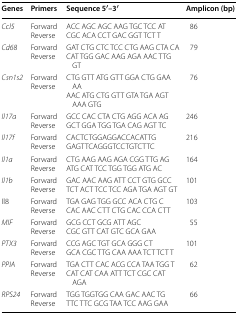
<table><thead><tr><td><b>Genes</b></td><td><b>Primers</b></td><td><b>Sequence 5′–3′</b></td><td><b>Amplicon (bp)</b></td></tr></thead><tbody><tr><td><i>Ccl5</i></td><td>ForwardReverse</td><td>ACC AGC AGC AAG TGC TCC ATCGC ACA CCT GAC GGT TCT T</td><td>86</td></tr><tr><td><i>Cd68</i></td><td>ForwardReverse</td><td>GAT CTG CTC TCC CTG AAG CTA CACAT TGG GAC AAG AGA AAC TTG GT</td><td>79</td></tr><tr><td><i>Csn1s2</i></td><td>ForwardReverse</td><td>CTG GTT ATG GTT GGA CTG GAA AAAAC ATG CTG GTT GTA TGA AGT AAA GTG</td><td>76</td></tr><tr><td><i>Il17a</i></td><td>ForwardReverse</td><td>GCC CAC CTA CTG AGG ACA AGGCT GGA TGG TGA CAG AGT TC</td><td>246</td></tr><tr><td><i>Il17f</i></td><td>ForwardReverse</td><td>CACTCTGGAGGACCACATTGGAGTTCAGGGTCCTGTCTTC</td><td>216</td></tr><tr><td><i>Il1a</i></td><td>ForwardReverse</td><td>CTG AAG AAG AGA CGG TTG AGATG CAT TCC TGG TGG ATG AC</td><td>164</td></tr><tr><td><i>Il1b</i></td><td>ForwardReverse</td><td>GAC AAC AAG ATT CCT GTG GCCTCT ACT TCC TCC AGA TGA AGT GT</td><td>101</td></tr><tr><td>Il8</td><td>ForwardReverse</td><td>TGA GAG TGG GCC ACA CTG CCAC AAC CTT CTG CAC CCA CTT</td><td>103</td></tr><tr><td><i>MIF</i></td><td>ForwardReverse</td><td>GCG CCT GCG ATT AGCCGC GTT CAT GTC GCA GAA</td><td>55</td></tr><tr><td><i>PTX3</i></td><td>ForwardReverse</td><td>CCG AGC TGT GCA GGG CTGCA CGC TTG CAA AAA TCT TCT T</td><td>101</td></tr><tr><td><i>PPIA</i></td><td>ForwardReverse</td><td>TGA CTT CAC ACG CCA TAA TGG TCAT CAT CAA ATT TCT CGC CAT AGA</td><td>62</td></tr><tr><td><i>RPS24</i></td><td>ForwardReverse</td><td>TGG TGGTGG CAA GAC AAC TGTTC TTC GCG TAA TCC AAG GAA</td><td>66</td></tr></tbody></table>